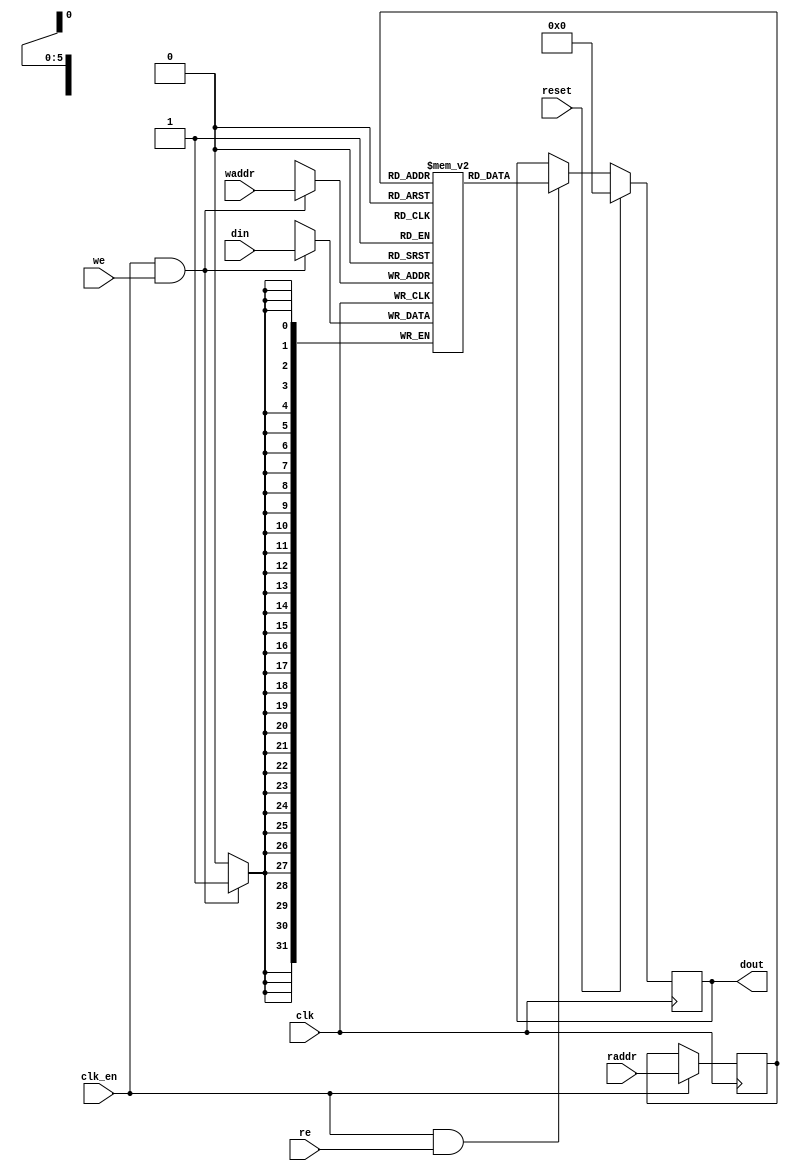
`timescale 1 ns / 1 ps

module kernel3_gmem_A_m_axi_mem
#(parameter
    MEM_STYLE   = "auto",
    DATA_WIDTH  = 32,
    ADDR_WIDTH  = 6,
    DEPTH       = 63
)(
    input  wire                  clk,
    input  wire                  reset,
    input  wire                  clk_en,
    input  wire                  we,
    input  wire [ADDR_WIDTH-1:0] waddr,
    input  wire [DATA_WIDTH-1:0] din,
    input  wire [ADDR_WIDTH-1:0] raddr,
    input  wire                  re,
    output reg  [DATA_WIDTH-1:0] dout);
    (* ram_style = MEM_STYLE, rw_addr_collision = "yes" *)
    reg  [DATA_WIDTH-1:0] mem[0:DEPTH-2];
    reg  [ADDR_WIDTH-1:0] raddr_reg;
    //write to ram
    always @(posedge clk) begin
        if (clk_en & we)
            mem[waddr] <= din;
    end
    //buffer the raddr
    always @(posedge clk) begin
        if (clk_en)
            raddr_reg <= raddr;
    end
    //read from ram
    always @(posedge clk) begin
        if (reset)
            dout <= 0;
        else if (clk_en & re)
            dout <= mem[raddr_reg];
    end
endmodule